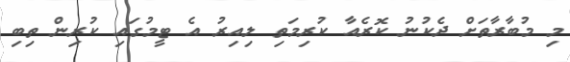
މި މުބާރާތަށް ދެކުނު ކޮރެއާ ކުރިމަތި ލިއިރު އެ ޓީމުގައި ކުރިން ތިބި